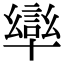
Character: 𭅩